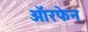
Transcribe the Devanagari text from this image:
ऑरफेन